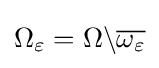
\Omega _{\varepsilon }=\Omega \backslash {\overline {\omega _{\varepsilon }}}